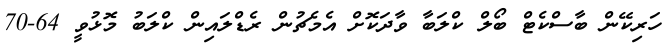
ހަރިކޭން ބާސްކެޓް ބޯލް ކްލަބާ ވާދަކޮށް އެމެޗުން ރެޑްލައިން ކްލަބު މޮޅުވީ 64-70